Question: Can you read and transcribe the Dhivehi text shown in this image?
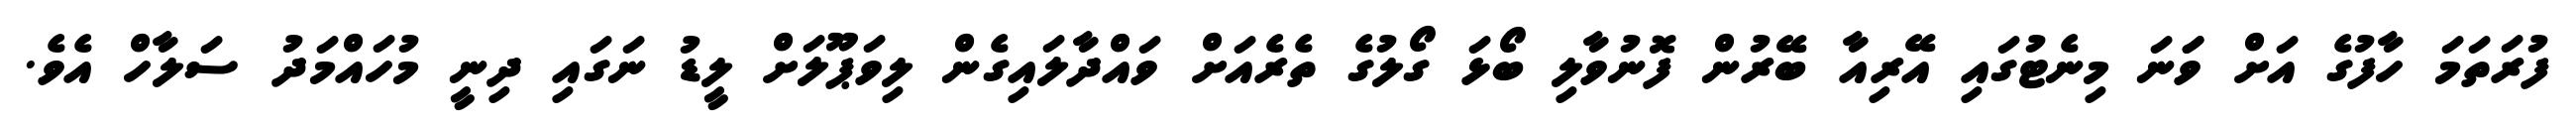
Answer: ފުރަތަމަ ހާފުގެ އަށް ވަަނަ މިނެޓުގައި އޭރިއާ ބޭރުން ފޮނުވާލި ބޯޅަ ގޯލުގެ ތެރެއަށް ވައްދާލައިގެން ލިވަޕޫލަށް ލީޑު ނަގައި ދިނީ މުހައްމަދު ސަލާހް އެވެ.